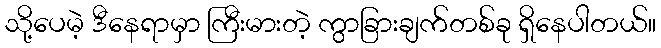
သို့ပေမဲ့ ဒီနေရာမှာ ကြီးမားတဲ့ ကွာခြားချက်တစ်ခု ရှိနေပါတယ်။